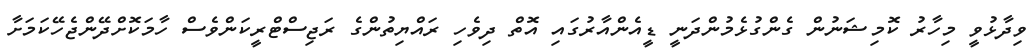
ވިދާޅުވީ މިހާރު ކޮމިޝަނުން ގެންގުޅެމުންދަނީ ޑީއެންއާރުގައި އޮތް ދިވެހި ރައްޔިތުންގެ ރަޖިސްޓްރީކަންވެސް ހާމަކޮށްދޭންޖެހޭކަމަށާ